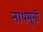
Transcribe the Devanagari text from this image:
नाथमुनी